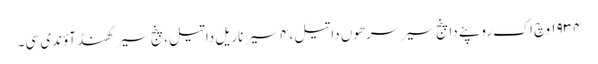
١٩٣٤ وچ اک روپئے دا پنج سیر سرھوں دا تیل، ٤ سیر ناریل دا تیل، پنج سیر کھنڈ آؤندی سی۔